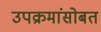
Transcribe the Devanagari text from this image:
उपक्रमांसोबत